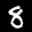
Label: 8